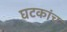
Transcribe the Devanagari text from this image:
घटकांच